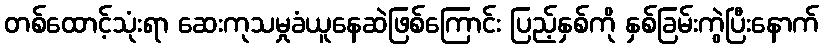
တစ်ထောင့်သုံးရာ ဆေးကုသမှုခံယူနေဆဲဖြစ်ကြောင်း ပြည့်နှစ်ကို နှစ်ခြမ်းကွဲပြီးနောက်